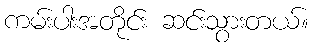
ကမ်းပါးအတိုင်း ဆင်းသွားတယ်။